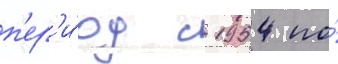
п'ер'и́од с 1954 по́